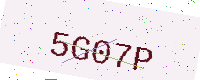
Text: 5G07P